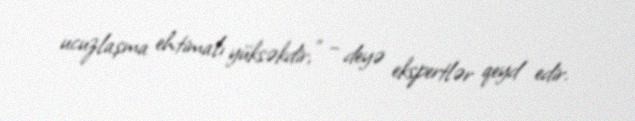
ucuzlaşma ehtimalı yüksəkdir,” – deyə ekspertlər qeyd edir.